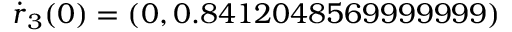
\dot { \boldsymbol { r } } _ { 3 } ( 0 ) = ( 0 , 0 . 8 4 1 2 0 4 8 5 6 9 9 9 9 9 9 9 )